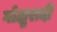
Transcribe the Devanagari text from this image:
गोक्षुरादी